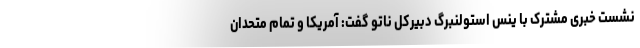
نشست خبری مشترک با ینس استولنبرگ دبیرکل ناتو گفت: آمریکا و تمام متحدان